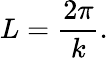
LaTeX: L={\frac{2\pi}{k}}.